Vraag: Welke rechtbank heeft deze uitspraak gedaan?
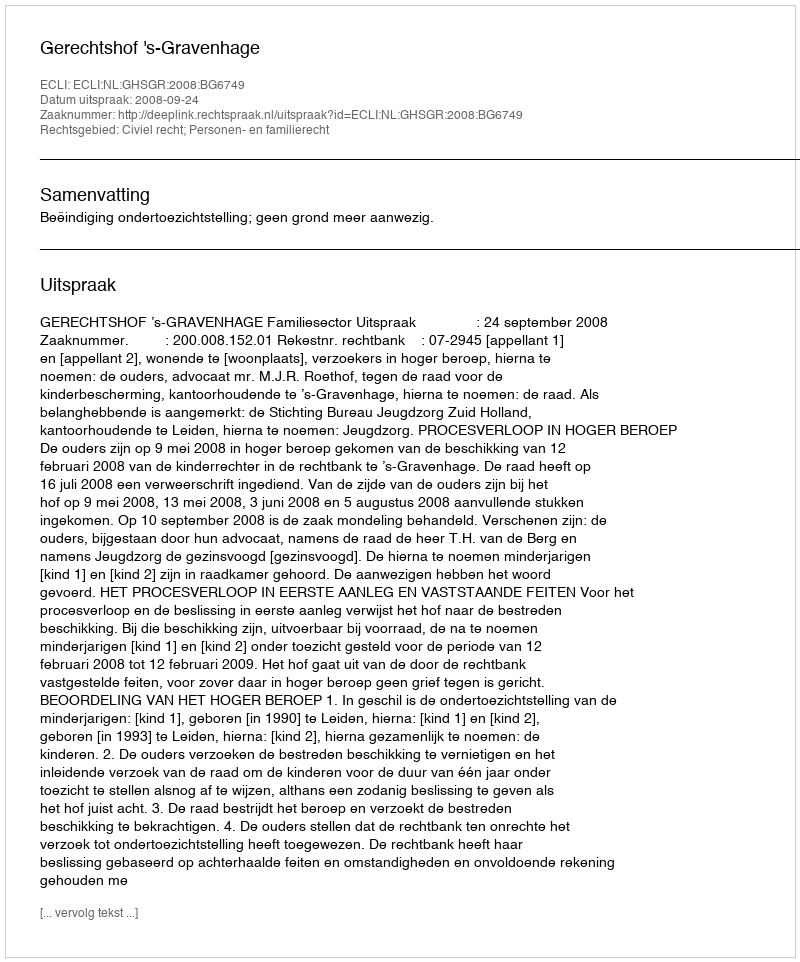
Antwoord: Gerechtshof 's-Gravenhage